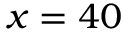
x = 4 0